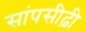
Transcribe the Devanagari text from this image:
सांपसीढ़ी